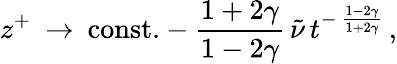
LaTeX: z^{+}\: \rightarrow\: \mathrm{const.}-\frac{1+2\gamma}{1-2\gamma}\, \tilde{\nu}\, t^{-\, \frac{1-2\gamma}{1+2\gamma}}\, ,